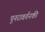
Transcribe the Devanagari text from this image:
पुनरावर्तनकी